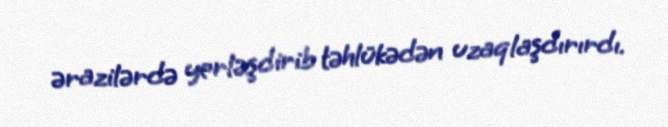
ərazilərdə yerləşdirib təhlükədən uzaqlaşdırırdı.